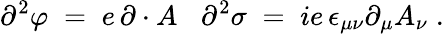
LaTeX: \partial^{2}\varphi\; =\; e\, \partial\cdot A\; \; \; \partial^{2}\sigma\; =\; ie\, \epsilon_{\mu\nu}\partial_{\mu}A_{\nu}\; .